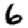
Digit: 6